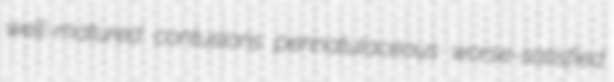
well-matured contusions pennatulaceous worse-satisfied